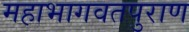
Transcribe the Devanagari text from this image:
महाभागवतपुराण